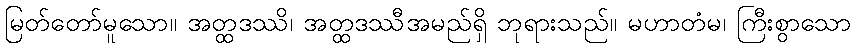
မြတ်တော်မူသော။ အတ္ထဒဿိ၊ အတ္ထဒဿီအမည်ရှိ ဘုရားသည်။ မဟာတံမ၊ ကြီးစွာသော